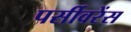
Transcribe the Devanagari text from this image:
पर्सीवरेंस